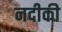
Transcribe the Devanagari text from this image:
नदीकी